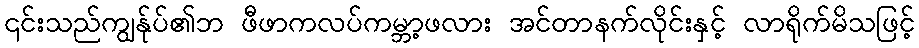
၎င်းသည်ကျွန်ုပ်၏ဘ ဖီဖာကလပ်ကမ္ဘာ့ဖလား အင်တာနက်လိုင်းနှင့် လာရိုက်မိသဖြင့်